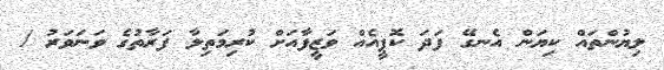
ލިޔުންތައް ކިޔަން އެނގޭ ފަދަ ކޮޕީއެއް ވަޒީފާއަށް ކުރިމަތިލާ ފަރާތުގެ ވަނަވަރު /